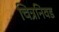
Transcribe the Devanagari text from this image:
चित्रनिवड